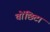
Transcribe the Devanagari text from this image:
चोंछिटा